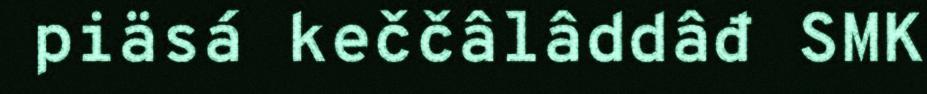
piäsá keččâlâddâđ SMK